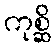
ကုစ္ဆိ